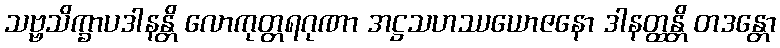
သဗ္ဗသိက္ခာပဒါနန္တိ လောကုတ္တရဂုဏာ အဋ္ဌသဟဿယောဇနော ဒါနတ္ထန္တိ တဒန္တော